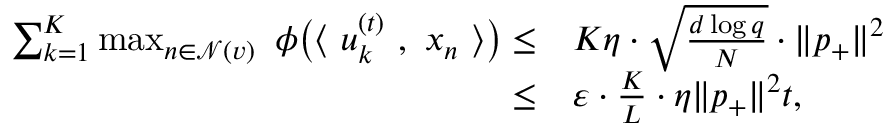
\begin{array} { r l } { \sum _ { k = 1 } ^ { K } \operatorname* { m a x } _ { n \in \mathcal { N } ( v ) } ~ \phi \big ( \langle ~ { \boldsymbol u } _ { k } ^ { ( t ) } ~ , ~ { \boldsymbol x } _ { n } ~ \rangle \big ) \le } & { K \eta \cdot \sqrt { \frac { d \log q } { N } } \cdot \| { \boldsymbol p } _ { + } \| ^ { 2 } } \\ { \le } & { \varepsilon \cdot \frac { K } { L } \cdot \eta \| { \boldsymbol p } _ { + } \| ^ { 2 } t , } \end{array}